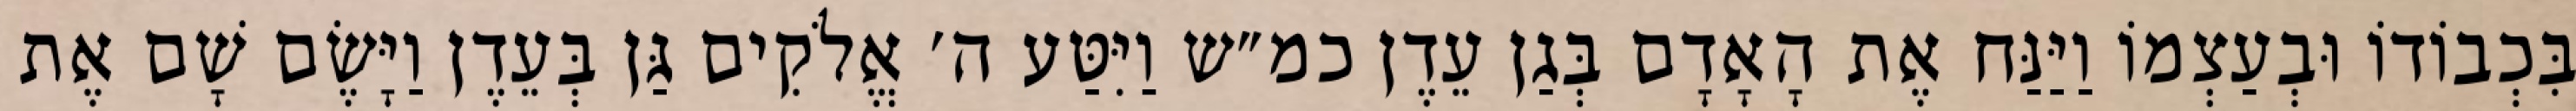
בִּכְבוֹדוֹ וּבְעַצְמוֹ וַיַּנַּח אֶת הָאָדָם בְּגַן עֵדֶן כמ״ש וַיִּטַּע ה׳ אֱלֹקִים גַּן בְּעֵדֶן וַיָּשֶׂם שָׁם אֶת